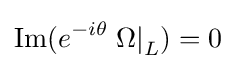
\mathrm {Im} (e^{-i\theta }\left.\Omega \right|_{L})=0